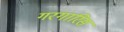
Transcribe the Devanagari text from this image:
गरगारिस